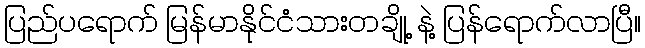
ပြည်ပရောက် မြန်မာနိုင်ငံသားတချို့ နဲ့ ပြန်ရောက်လာပြီ။